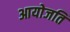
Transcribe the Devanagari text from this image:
आयोजति